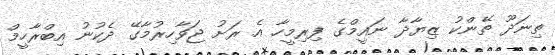
ތިނަދޫ ތޭންކު ޒިޔާދާ ނައީމްގެ ފިރިމީހާ އެ ރަށު ޖަވާހިރުމާގޭ ދެކުނު އިބްރާހީމް